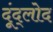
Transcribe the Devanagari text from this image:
दूंद्लोद